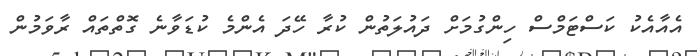
އެއާއެކު ކަސްޓަމްސް ހިންގުމަށް ދައުލަތުން ކުރާ ހޭދަ އެންމެ ކުޑަވާނެ ގޮތްތައް ރާވަމުން